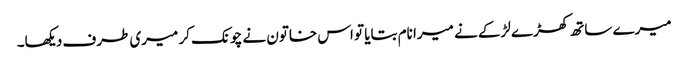
میرے ساتھ کھڑے لڑکے نے میرا نام بتایا تو اس خاتون نے چونک کر میری طرف دیکھا۔